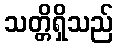
သတ္တိရှိသည်